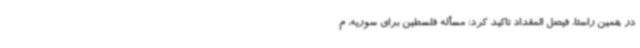
در همین راستا، فیصل المقداد تاکید کرد: مسأله فلسطین برای سوریه، م